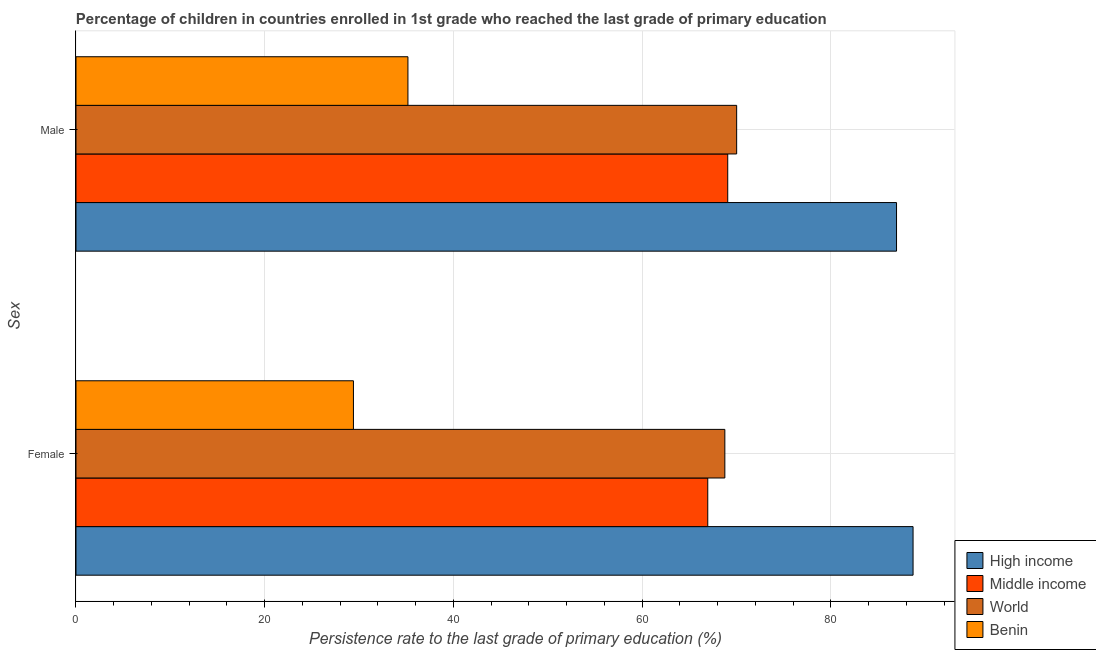
| Sex | High income | Middle income | World | Benin |
 | --- | --- | --- | --- | --- |
 | Female | 88.7 | 67 | 68.8 | 29.4 |
 | Male | 87 | 69.1 | 70 | 35.2 |